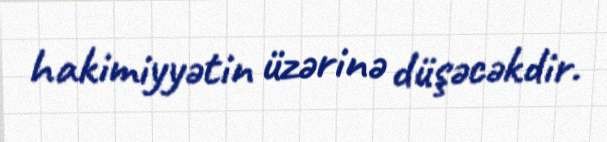
hakimiyyətin üzərinə düşəcəkdir.